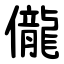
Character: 儱